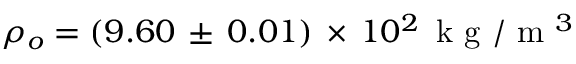
\rho _ { o } = ( 9 . 6 0 \, \pm \, 0 . 0 1 ) \, \times \, 1 0 ^ { 2 } \, \mathrm { ~ k ~ g ~ } / \mathrm { ~ m ~ } ^ { 3 }